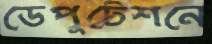
ডেপুটেশনে